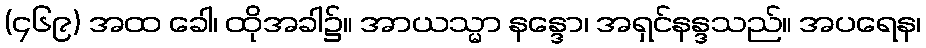
(၄၆၉) အထ ခေါ၊ ထိုအခါ၌။ အာယသ္မာ နန္ဒော၊ အရှင်နန္ဒသည်။ အပရေန၊